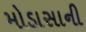
મોડાસાની